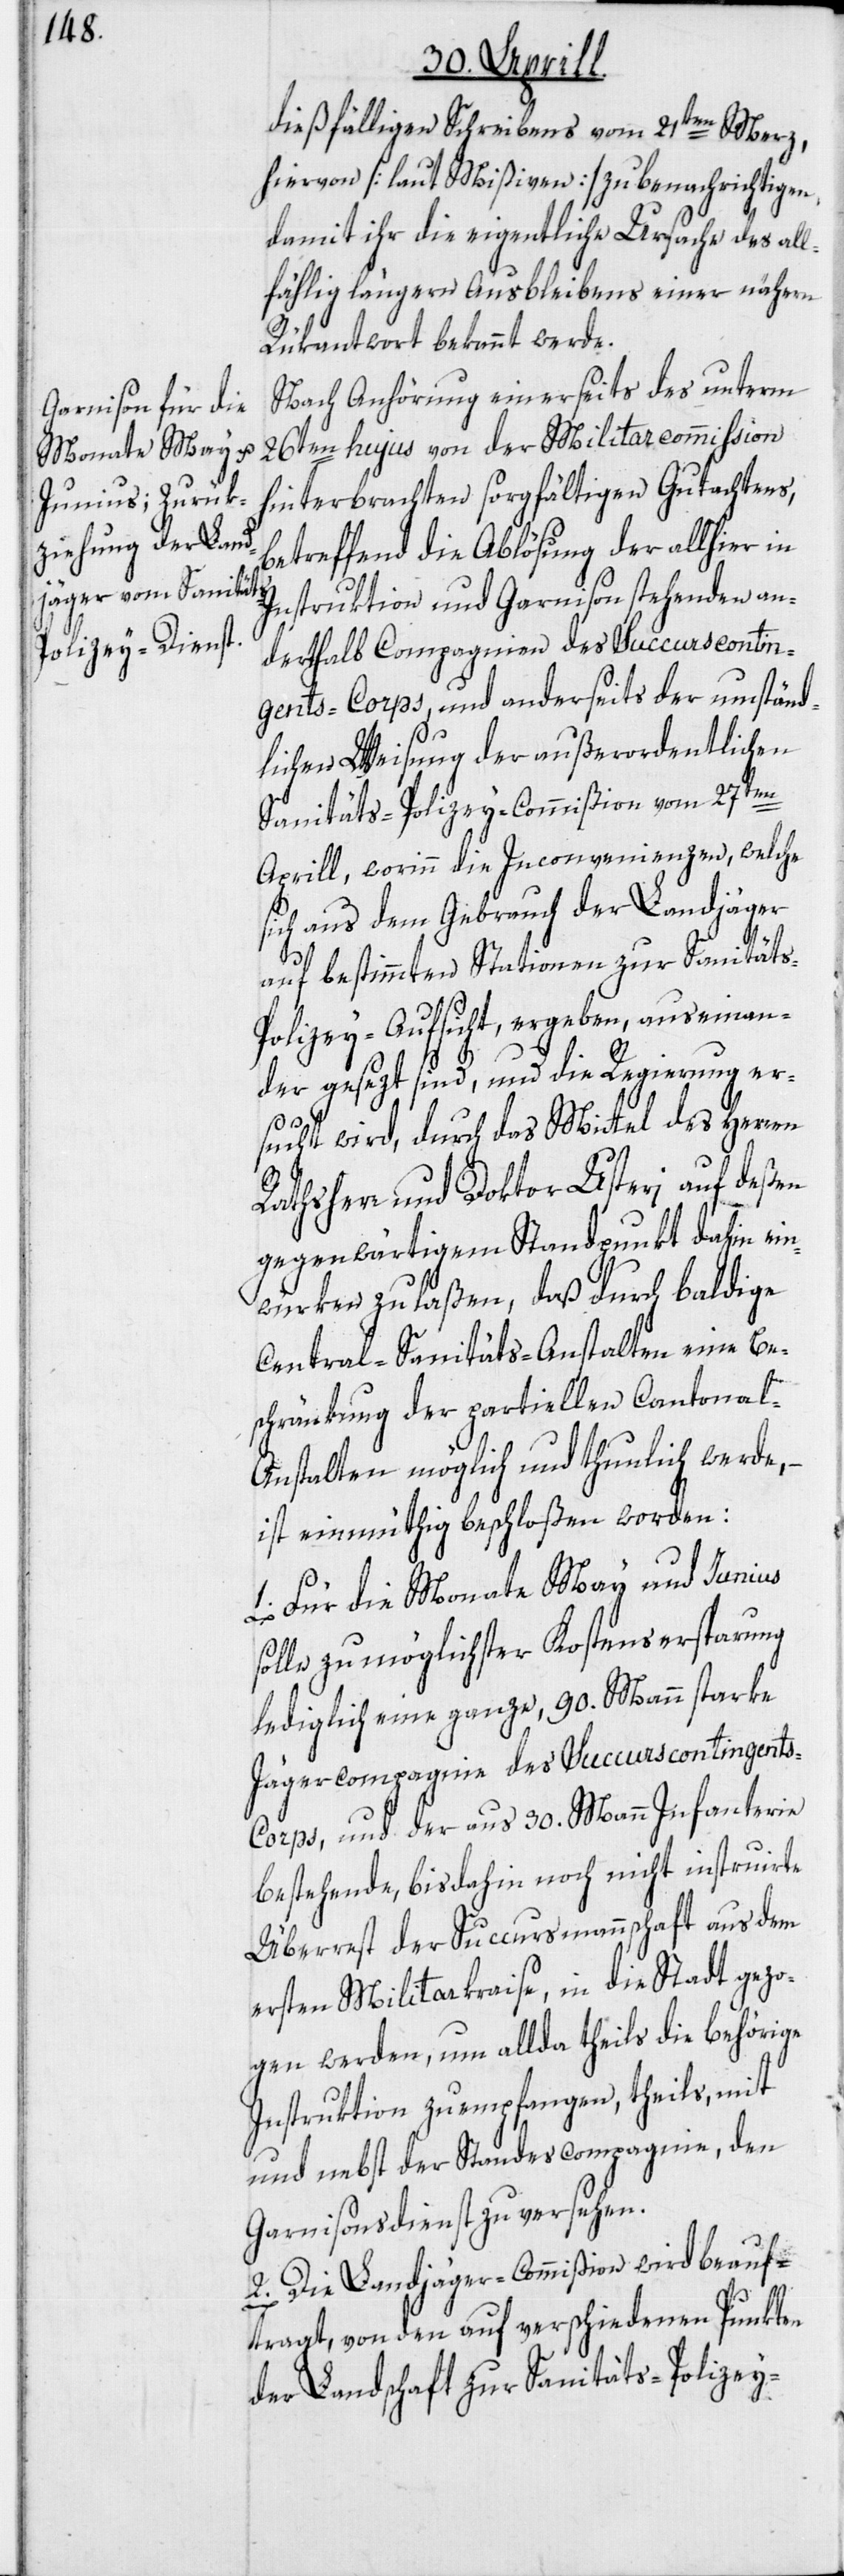
dießfälligen Schreibens vom 21ten Merz,
hiervon [laut Mißiven] zu benachrichtigen,
damit ihr die eigentliche Ursache des all¬
fählig längern Ausbleibens einer nähern
Rükantwort bekannt werde.
Nach Anhörung einerseits des unterm
26ten hujus von der Militarcommission
hinterbrachten sorgfältigen Gutachtens,
betreffend die Ablösung der allhier in
Instruktion und Garnison stehenden an¬
derthalb Compagnien des Succurscontin¬
gents-Corps, und anderseits der umständ¬
lichen Weisung der außerordentlichen
Sanitäts-Polizey-Commißion vom 27ten
Aprill, worinn die Inconvenienzen, welche
sich aus dem Gebrauch der Landjäger
auf bestimmten Stationen zur Sanitäts-P¬
olizey-Aufsicht, ergeben, auseinan¬
der gesezt sind, und die Regierung er¬
sucht wird, durch das Mittel des Herren
Rathsherr und Doktor Usteri auf deßen
gegenwärtigem Standpunkt dahin ein¬
würken zu laßen, daß durch baldige
Central-Sanitäts-Anstalten eine Be¬
schränkung der partiellen Cantona¬
l-Anstalten möglich und thunlich werde, –
ist einmüthig beschloßen worden:
1. Für die Monate May und Junius
solle zu möglichster Kostensersparung
lediglich eine ganze, 90. Mann starke
Jägercompagnie des Succurscontingent¬
s-Corps, und der aus 30. Mann Infanterie
bestehende, bisdahin noch nicht instruirte
Überrest der Succursmannschaft aus dem
ersten Militarkraise, in die Stadt gezo¬
gen werden, um allda theils die behörige
Instruktion zu empfangen, theils, mit
und nebst der Standescompagnie, den
Garnisonsdienst zu versehen.
2. Die Landjäger-Commißion wird beauf¬
tragt, von den auf verschiedenen Punkten
der Landschaft zur Sanitäts-Polizey-